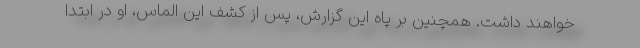
خواهند داشت. همچنین بر پاه این گزارش، پس از کشف این الماس، او در ابتدا